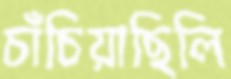
চাঁচিয়াছিলি